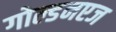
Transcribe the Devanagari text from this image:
गोल्डनएज